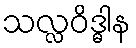
သလ္လဝိဒ္ဓါန